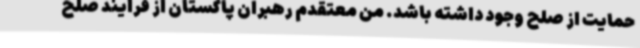
حمایت از صلح وجود داشته باشد. من معتقدم رهبران پاکستان از فرایند صلح